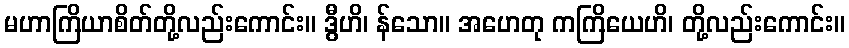
မဟာကြိယာစိတ်တို့လည်းကောင်း။ ဒွီဟိ၊ န်သော။ အဟေတု ကကြိယေဟိ၊ တို့လည်းကောင်း။